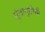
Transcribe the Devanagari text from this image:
गुंतागुतीची